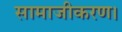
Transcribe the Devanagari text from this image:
सामाजीकरण।